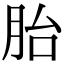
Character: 胎